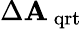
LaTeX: \Delta{{\mathbf{A}_{\, \mathrm{{{qrt}}}}}}